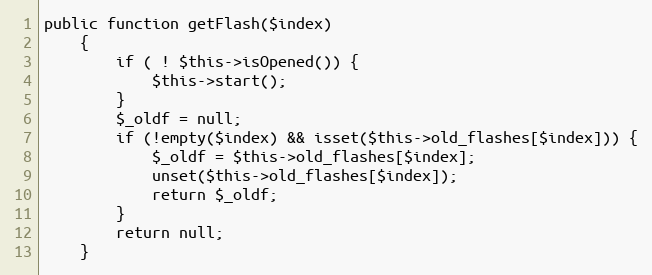
Language: PHP
public function getFlash($index)
    {
        if ( ! $this->isOpened()) {
            $this->start();
        }
        $_oldf = null;
        if (!empty($index) && isset($this->old_flashes[$index])) {
            $_oldf = $this->old_flashes[$index];
            unset($this->old_flashes[$index]);
            return $_oldf;
        }
        return null;
    }